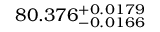
8 0 . 3 7 6 _ { - 0 . 0 1 6 6 } ^ { + 0 . 0 1 7 9 }